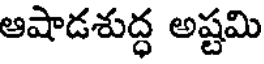
ఆషాడశుద్ధ అష్టమి